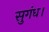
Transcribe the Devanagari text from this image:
सुगंध।